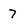
Character: 7